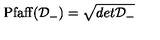
\mathrm { P f a f f } ( { \cal D } _ { - } ) = \sqrt { d e t { \cal D } _ { - } }